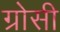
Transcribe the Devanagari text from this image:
ग्रोसी